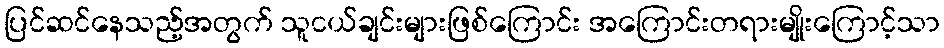
ပြင်ဆင်နေသည့်အတွက် သူငယ်ချင်းများဖြစ်ကြောင်း အကြောင်းတရားမျိုးကြောင့်သာ